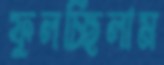
ফুলচ্ছিলাম